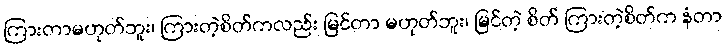
ကြားတာမဟုတ်ဘူး၊ ကြားတဲ့စိတ်ကလည်း မြင်တာ မဟုတ်ဘူး၊ မြင်တဲ့ စိတ် ကြားတဲ့စိတ်က နံတာ